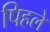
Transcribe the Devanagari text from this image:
पिहले